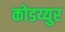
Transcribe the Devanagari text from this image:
कोडय्युर